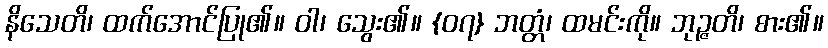
နိသေတိ၊ ထက်အောင်ပြု၏။ ဝါ၊ သွေး၏။ {၀၇} ဘတ္တံ၊ ထမင်းကို။ ဘုဉ္ဇတိ၊ စား၏။